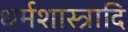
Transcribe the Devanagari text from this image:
धर्मशास्त्रादि